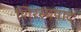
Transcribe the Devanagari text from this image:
शिरस्यपाद